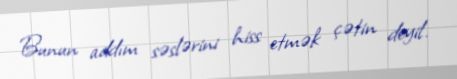
Bunun addım səslərini hiss etmək çətin deyil.